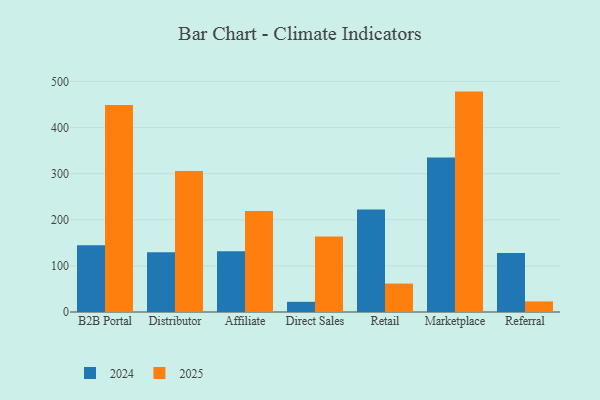
{"axis": {"x": "Channel", "y": "Headcount"}, "legend": ["2024", "2025"], "data": [{"x": "B2B Portal", "y": 449.2, "type": "2025"}, {"x": "B2B Portal", "y": 144.5, "type": "2024"}, {"x": "Distributor", "y": 305.6, "type": "2025"}, {"x": "Distributor", "y": 129.5, "type": "2024"}, {"x": "Affiliate", "y": 218.9, "type": "2025"}, {"x": "Affiliate", "y": 131.6, "type": "2024"}, {"x": "Direct Sales", "y": 164.0, "type": "2025"}, {"x": "Direct Sales", "y": 22.1, "type": "2024"}, {"x": "Retail", "y": 61.6, "type": "2025"}, {"x": "Retail", "y": 222.5, "type": "2024"}, {"x": "Marketplace", "y": 478.0, "type": "2025"}, {"x": "Marketplace", "y": 335.0, "type": "2024"}, {"x": "Referral", "y": 23.0, "type": "2025"}, {"x": "Referral", "y": 127.9, "type": "2024"}]}